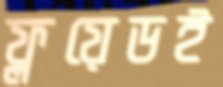
ফ্লয়েডই